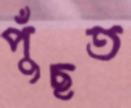
পুঁছত